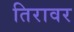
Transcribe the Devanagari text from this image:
तिरावर